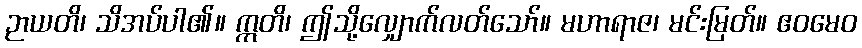
ဉာယတိ၊ သိအပ်ပါ၏။ ဣတိ၊ ဤသို့လျှောက်လတ်သော်။ မဟာရာဇ၊ မင်းမြတ်။ ဧဝမေဝ